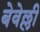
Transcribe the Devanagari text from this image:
बेवेल्ली